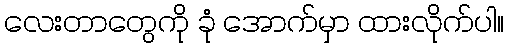
လေးတာတွေကို ခုံ အောက်မှာ ထားလိုက်ပါ။